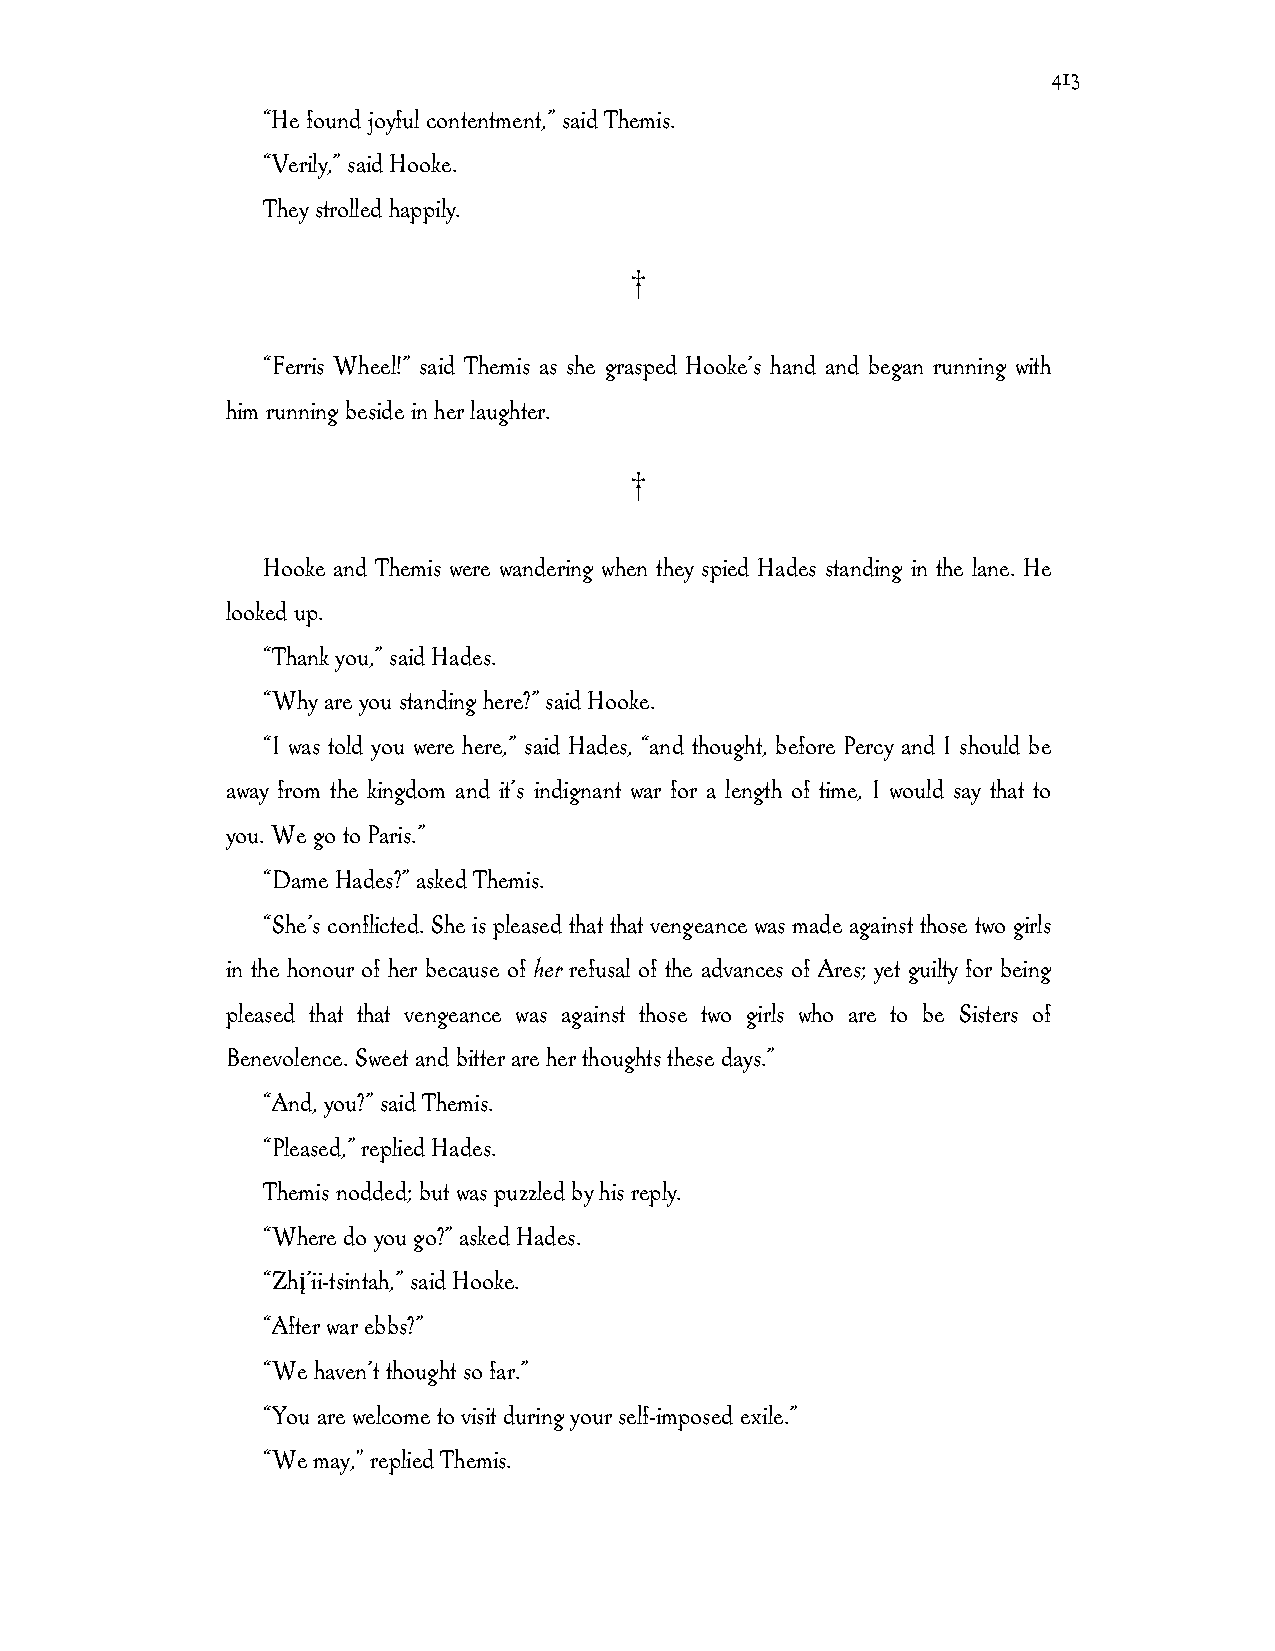
413
 “He found joyful contentment,” said Themis.
 “Verily,” said Hooke.
 They strolled happily.
 †
 “Ferris Wheel!” said Themis as she grasped Hooke’s hand and began running with
 him running beside in her laughter.
 †
 Hooke and Themis were wandering when they spied Hades standing in the lane. He
 looked up.
 “Thank you,” said Hades.
 “Why are you standing here?” said Hooke.
 “I was told you were here,” said Hades, “and thought, before Percy and I should be
 away from the kingdom and it’s indignant war for a length of time, I would say that to
 you. We go to Paris.”
 “Dame Hades?” asked Themis.
 “She’s conflicted. She is pleased that that vengeance was made against those two girls
 in the honour of her because of her refusal of the advances of Ares; yet guilty for being
 pleased that that vengeance was against those two girls who are to be Sisters of
 Benevolence. Sweet and bitter are her thoughts these days.”
 “And, you?” said Themis.
 “Pleased,” replied Hades.
 Themis nodded; but was puzzled by his reply.
 “Where do you go?” asked Hades.
 “Zhį’ii-tsintah,” said Hooke.
 “After war ebbs?”
 “We haven’t thought so far.”
 “You are welcome to visit during your self-imposed exile.”
 “We may," replied Themis.